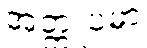
အတ္တူပမာ